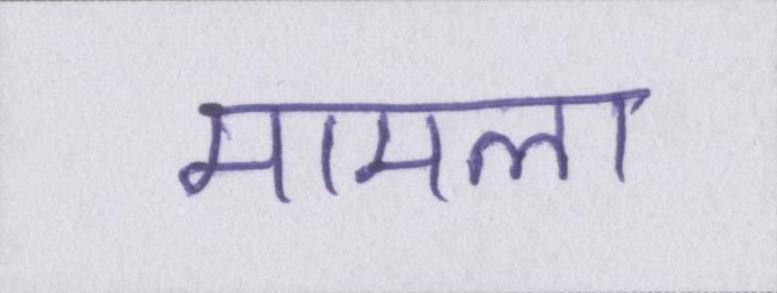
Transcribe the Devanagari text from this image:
मामला